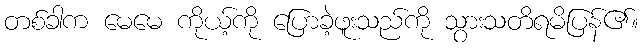
တစ်ခါက မေမေ ကိုယ့်ကို ပြောခဲ့ဖူးသည်ကို သွားသတိရမိပြန်၏။